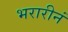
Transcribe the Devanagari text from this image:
भरारीनं